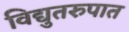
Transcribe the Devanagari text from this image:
विद्युतरुपात